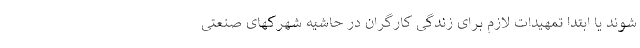
شوند یا ابتدا تمهیدات لازم برای زندگی کارگران در حاشیه شهرکهای صنعتی